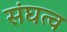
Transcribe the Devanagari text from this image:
संघत्व